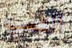
التعب